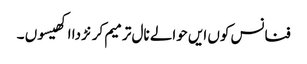
فنانس کوں ایں حوالے نال ترمیم کرنڑ دا اکھیسوں ۔